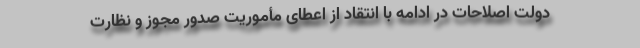
دولت اصلاحات در ادامه با انتقاد از اعطای مأموریت صدور مجوز و نظارت